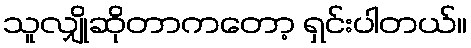
သူလျှိုဆိုတာကတော့ ရှင်းပါတယ်။